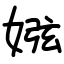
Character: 娹